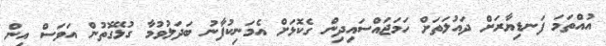
އުއްތަމަ ފަނޑިޔާރަށް ދައުލަތަށް ހަމަޖައްސައިދިން ގެކޮޅަށް އެމަނިކުފާނު ބަދަލުވުމާ ގުޅޭގޮތުން އަވަސް އިން